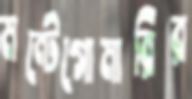
মন্টেগোমারির